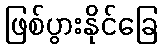
ဖြစ်ပွားနိုင်ခြေ